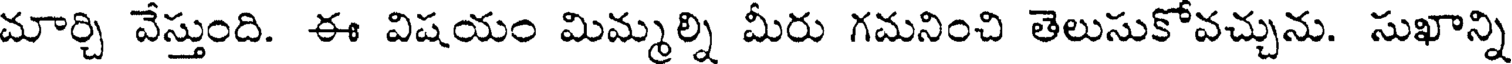
మార్చి వేస్తుంది. ఈ విషయం మిమ్మల్ని మీరు గమనించి తెలుసుకోవచ్చును. సుఖాన్ని